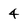
Character: 4